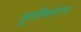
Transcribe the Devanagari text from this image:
तूतीकोरन